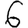
Digit: 6